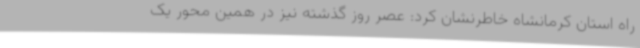
راه استان کرمانشاه خاطرنشان کرد: عصر روز گذشته نیز در همین محور یک